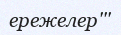
ережелер'''